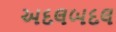
અદલબદલ